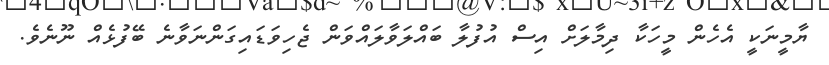
ޔާމީނަކީ އެހެން މީހަކާ ދިމާލަށް އިސް އުފުލާ ބައްލަވާލައްވަން ޖެހިވަޑައިގަންނަވާނެ ބޭފުޅެއް ނޫނެވެ.